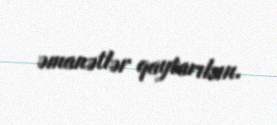
əmanətlər qaytarılsın.